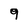
Character: 9